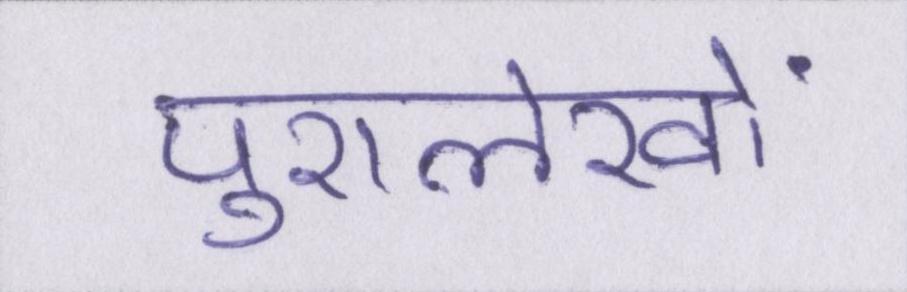
पुरालेखों